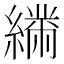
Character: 𦅧